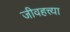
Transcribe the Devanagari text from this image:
जीवहत्त्या